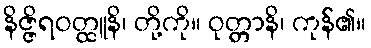
နိဇ္ဇိရဝတ္ထူနိ၊ တို့ကို။ ဝုတ္တာနိ၊ ကုန်၏။